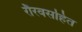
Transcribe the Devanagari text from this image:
रौरवसहित